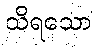
သိရသော